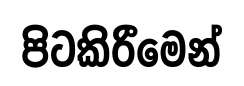
පිටකිරීමෙන්